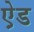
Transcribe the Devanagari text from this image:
ऐ़ड